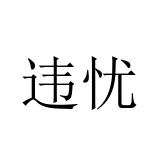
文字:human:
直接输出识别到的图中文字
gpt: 违忧